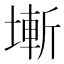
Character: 𡐛